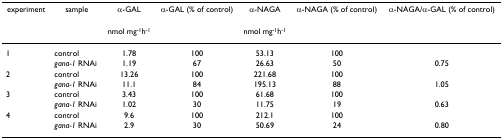
<table><thead><tr><td><b>experiment</b></td><td><b>sample</b></td><td><b>α-GAL</b></td><td><b>α-GAL (% of control)</b></td><td><b>α-NAGA</b></td><td><b>α-NAGA (% of control)</b></td><td><b>α-NAGA/α-GAL (% of control)</b></td></tr><tr><td></td><td></td><td><b>nmol mg<sup>-1</sup>h<sup>-1</sup></b></td><td></td><td><b>nmol mg<sup>-1</sup>h<sup>-1</sup></b></td><td></td><td></td></tr></thead><tbody><tr><td>1</td><td>control</td><td>1.78</td><td>100</td><td>53.13</td><td>100</td><td></td></tr><tr><td></td><td><i>gana-1 </i>RNAi</td><td>1.19</td><td>67</td><td>26.63</td><td>50</td><td>0.75</td></tr><tr><td>2</td><td>control</td><td>13.26</td><td>100</td><td>221.68</td><td>100</td><td></td></tr><tr><td></td><td><i>gana-1 </i>RNAi</td><td>11.1</td><td>84</td><td>195.13</td><td>88</td><td>1.05</td></tr><tr><td>3</td><td>control</td><td>3.43</td><td>100</td><td>61.68</td><td>100</td><td></td></tr><tr><td></td><td><i>gana-1 </i>RNAi</td><td>1.02</td><td>30</td><td>11.75</td><td>19</td><td>0.63</td></tr><tr><td>4</td><td>control</td><td>9.6</td><td>100</td><td>212.1</td><td>100</td><td></td></tr><tr><td></td><td><i>gana-1 </i>RNAi</td><td>2.9</td><td>30</td><td>50.69</td><td>24</td><td>0.80</td></tr></tbody></table>